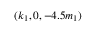
( k _ { 1 } , 0 , - 4 . 5 m _ { 1 } )